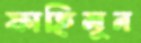
ফাহিমুন